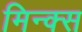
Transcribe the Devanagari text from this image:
मिन्क्स